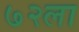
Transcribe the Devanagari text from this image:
७२ला